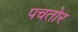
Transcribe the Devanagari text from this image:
पचतोर